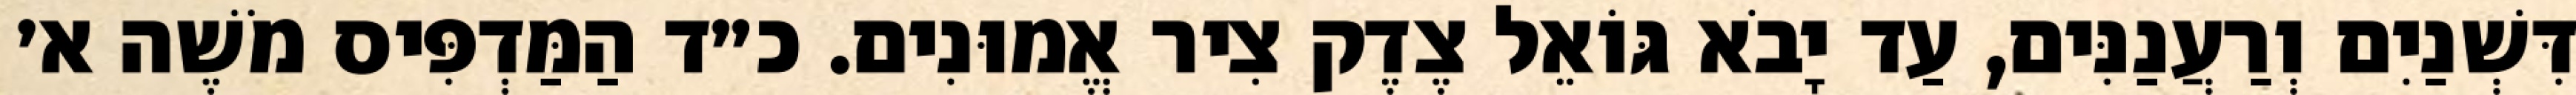
דִּשְׁנַיִם וְרַעֲנַנִּים, עַד יָבֹא גּוֹאֵל צֶדֶק צִיר אֱמוּנִים. כ״ד הַמַּדְפִּיס מֹשֶׁה א׳